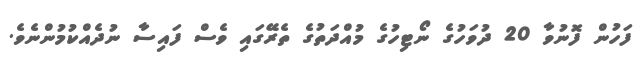
ފަހުން ފޮނުވާ 20 ދުވަހުގެ ނޯޓިހުގެ މުއްދަތުގެ ތެރޭގައި ވެސް ފައިސާ ނުދެއްކުމުންނެވެ.